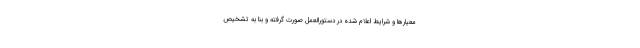
معیارها و شرایط اعلام شده در دستورالعمل صورت گرفته و بنا به تشخیص